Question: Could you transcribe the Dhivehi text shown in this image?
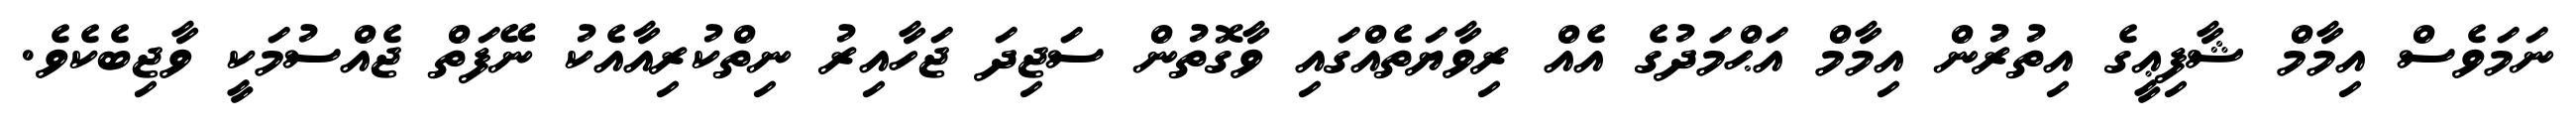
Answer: ނަމަވެސް އިމާމް ޝާފިޢީގެ އިތުރުން އިމާމް އަޙްމަދުގެ އެއް ރިވާޔަތެއްގައި ވާގޮތުން ސަޖިދަ ޖަހާއިރު ނިތްކުރިއާއެކު ނޭފަތް ޖެއްސުމަކީ ވާޖިބެކެވެ.